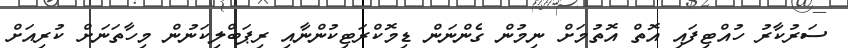
ސަރުކާރު ހުއްޓިފައި އޮތް އޮތުމަށް ނިމުން ގެންނަން ޑިމޮކްރަޓިކުންނާއި ރިޕަބްލިކަނުން މިހާތަނަށް ކުރިއަށް